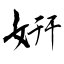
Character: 姸